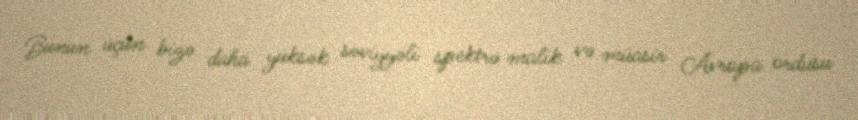
Bunun üçün bizə daha yüksək səviyyəli spektrə malik və müasir Avropa ordusu